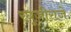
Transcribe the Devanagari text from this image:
रघूजीराजे